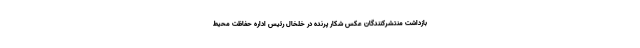
بازداشت منتشرکنندگان عکس شکار پرنده در خلخال رئیس اداره حفاظت محیط